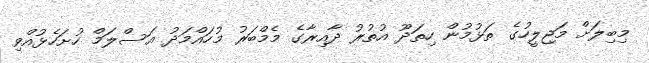
މިބިލަށް މަޖިލީހުގެ ތަޅުމުން ހިތަދޫ އުތުރު ދާއިރާގެ މެމްބަރު މުހައްމަދު އަސްލަމް ހުށަހެޅުއްވި